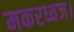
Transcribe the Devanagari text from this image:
मकरध्वज।